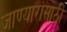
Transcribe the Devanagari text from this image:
जाण्यारांसाठी